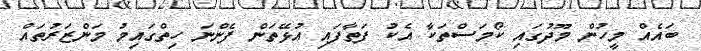
ބައެއް މީހުން މޫދުގައި ކޯމަސްތަކާ އެކު ފަތާފައި އުޅޭތަން ފެންނަ ހިތްގައިމު މަންޒަރުތައް